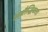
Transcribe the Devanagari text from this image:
अबौद्धिकता